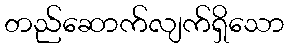
တည်ဆောက်လျက်ရှိသော